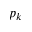
p _ { k }